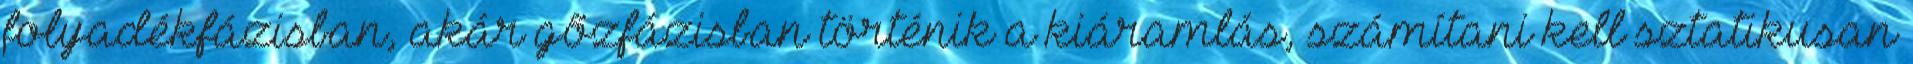
folyadékfázisban, akár gõzfázisban történik a kiáramlás, számítani kell sztatikusan